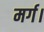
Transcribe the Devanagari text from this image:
मर्ग।